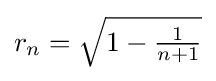
r_{n}={\sqrt {1-{\tfrac {1}{n+1}}}}